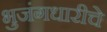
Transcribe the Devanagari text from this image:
भुजंगधारीचे